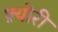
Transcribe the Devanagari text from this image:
फ़्योरी